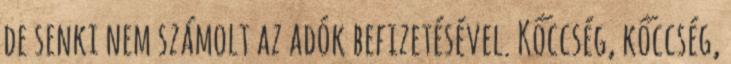
de senki nem számolt az adók befizetésével. Kőccség, kőccség,